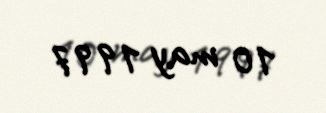
10 may 1997